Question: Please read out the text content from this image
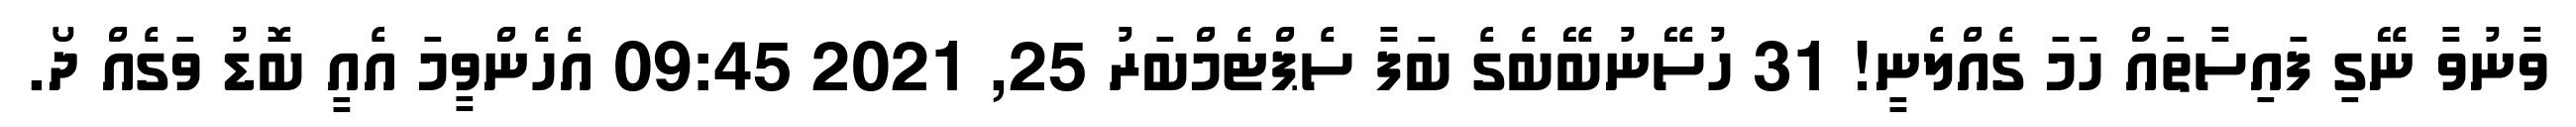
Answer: ވާނުވާ ނޭގި ފައިސާތައް ހަމަ ގެއްލެނީ! 31 ހުސޭނުބޭބެގެ ބަފާ ސެޕްޓެމްބަރު 25, 2021 09:45 އެހެންވީމަ އެއީ ބޮޑު ވަގެއް ދޯ.